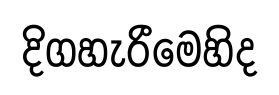
දිගහැරීමෙහිද